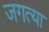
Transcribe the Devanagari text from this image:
जगत्या